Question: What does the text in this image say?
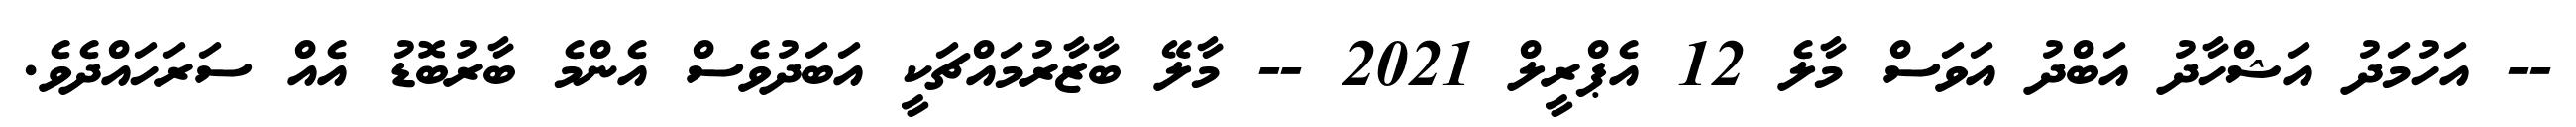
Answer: -- އަހުމަދު އަޝްހާދު އަބްދު އަވަސް މާލެ 12 އެޕްރީލް 2021 -- މާލޭ ބާޒާރުމައްޗަކީ އަބަދުވެސް އެންމެ ބާރުބޮޑު އެއް ސަރަހައްދެވެ.